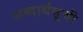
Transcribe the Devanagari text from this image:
शब्दार्थसूची